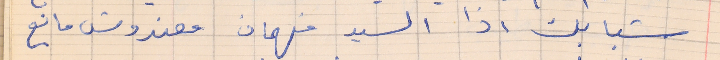
شبابك اذا السيد فهمان معندوش مانع